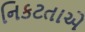
નિકટતાએ